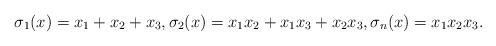
LaTeX: \begin{align*}\sigma_1(x)=x_1+x_2+x_3,\sigma_2(x)=x_1x_2+x_1x_3+x_2x_3,\sigma_n(x)=x_1x_2x_3.\end{align*}